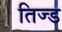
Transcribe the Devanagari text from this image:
तिज्ड